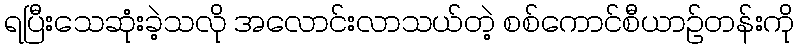
ရပြီးသေဆုံးခဲ့သလို အလောင်းလာသယ်တဲ့ စစ်ကောင်စီယာဉ်တန်းကို